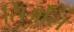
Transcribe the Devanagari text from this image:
सिओंस